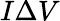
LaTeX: I\Delta V